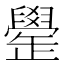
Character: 𦦯